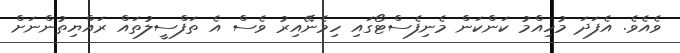
ވެއެވެ. އެފަދަ މުހިއްމު ކަންކަން މެނިފެސްޓޯގައި ހިމެނޭއިރު ވެސް އެ ތަފްސީލުތައް ރައްޔިތުންނަށް